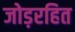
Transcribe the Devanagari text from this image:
जोड़रहित